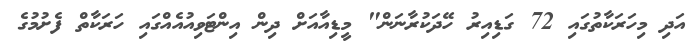
އަދި މިހަރަކާތުގައި 72 ގަޑިއިރު ހޭދަކުރާނަން" މީޑިއާއަށް ދިން އިންޓަވިއުއެއްގައި ހަރަކާތް ފެށުމުގެ